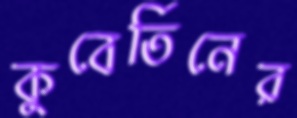
কুবের্তিনের